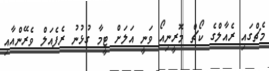
މެޗްގައި ރެއާލްގެ ކޯޗް މޮރީނިއޯ ވަނީ އަލަށް ޓީމާ ގުޅުނު ރެފެއަލް ވެރޭންއާއި